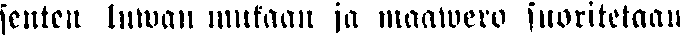
senten luwan mukaan ja maawero suoritetaan